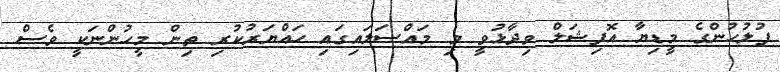
ފުލުހުންގެ މީޑިޔާ އޮފިޝަލް ވިދާޅުވީ މި މައްސަލައިގައި ހައްޔަރުކުރި ތިން މީހުންނަކީ ވެސް